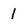
Character: 1